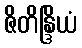
ဇိတိန္ဒြိယံ